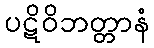
ပဋိဝိဘတ္တာနံ